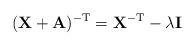
LaTeX: \begin{align*} (\mathbf{X}+\mathbf{A})^{\rm -T}= \mathbf{X}^{\rm -T} - \lambda \mathbf{I}\end{align*}